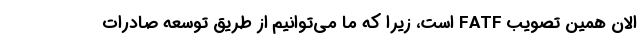
الان همین تصویب FATF است، زیرا که ما می‌توانیم از طریق توسعه صادرات